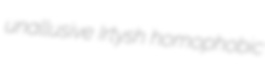
unallusive Irtysh homophobic